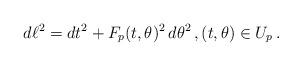
LaTeX: \begin{align*} d\ell^2 = dt^2 + F_p(t,\theta)^2 \, d\theta^2 \,, (t,\theta) \in U_p \,.\end{align*}